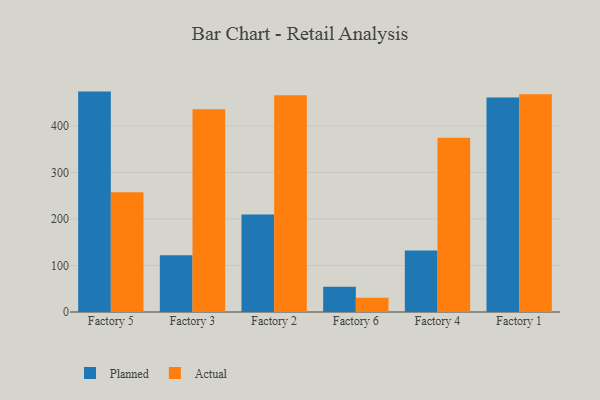
{"axis": {"x": "Factory", "y": "Market Share (%)"}, "legend": ["Actual", "Planned"], "data": [{"x": "Factory 5", "y": 473.8, "type": "Planned"}, {"x": "Factory 5", "y": 257.5, "type": "Actual"}, {"x": "Factory 3", "y": 122.1, "type": "Planned"}, {"x": "Factory 3", "y": 435.8, "type": "Actual"}, {"x": "Factory 2", "y": 209.4, "type": "Planned"}, {"x": "Factory 2", "y": 466.1, "type": "Actual"}, {"x": "Factory 6", "y": 54.2, "type": "Planned"}, {"x": "Factory 6", "y": 30.9, "type": "Actual"}, {"x": "Factory 4", "y": 132.4, "type": "Planned"}, {"x": "Factory 4", "y": 374.4, "type": "Actual"}, {"x": "Factory 1", "y": 460.9, "type": "Planned"}, {"x": "Factory 1", "y": 468.0, "type": "Actual"}]}